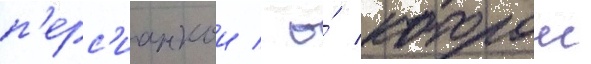
п'ерс'ианкои / о́ которои